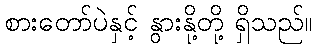
စားတော်ပဲနှင့် နွားနို့တို့ ရှိသည်။